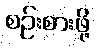
စဉ်းစားဖို့